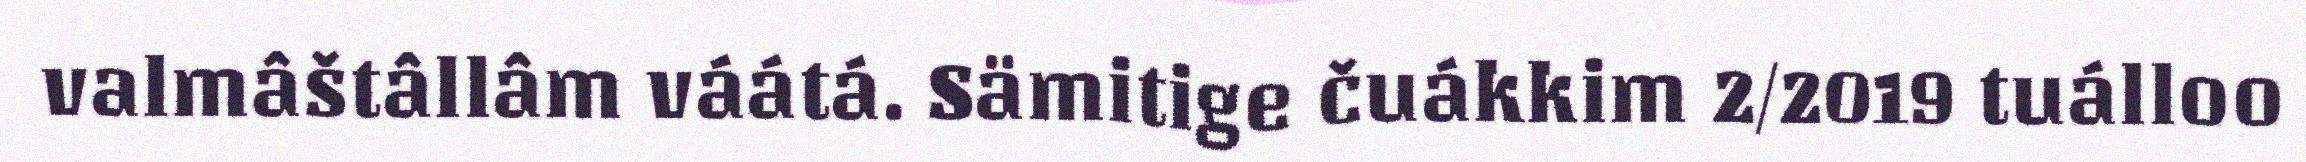
valmâštâllâm váátá. Sämitige čuákkim 2/2019 tuálloo